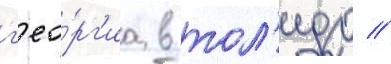
г'ео́рг'иа в тол'едо //